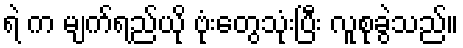
ရဲ က မျက်ရည်ယို ဗုံးတွေသုံးပြီး လူစုခွဲသည်။